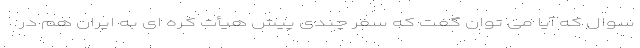
سوال که آیا می توان گفت که سفر چندی پیش هیأت کره ای به ایران هم در